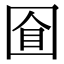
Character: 𡇡